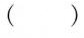
()